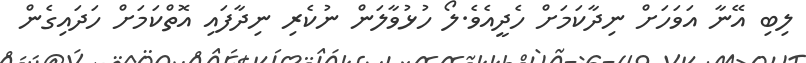
ލިބި އޭނާ އަވަހަށް ނިދާކަމަށް ހެދީއެވެ.ލޯ ހުޅުވާލަން ނުކެރި ނިދާފައި އޮތްކަމަށް ހަދައިގެން